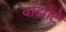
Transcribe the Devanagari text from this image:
वांझोटे